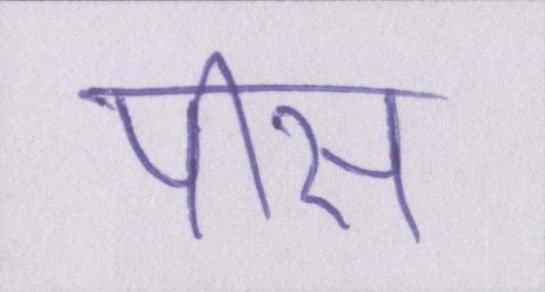
पीस